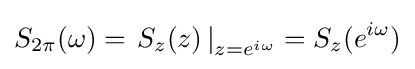
S_{2\pi }(\omega )=\left.S_{z}(z)\,\right|_{z=e^{i\omega }}=S_{z}(e^{i\omega })